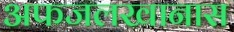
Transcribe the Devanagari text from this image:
अफजलखानास